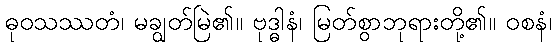
ဓုဝသဿတံ၊ မချွတ်မြဲ၏။ ဗုဒ္ဓါနံ၊ မြတ်စွာဘုရားတို့၏။ ဝစနံ၊